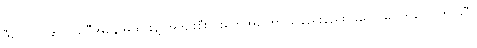
ဒီလောက်ဆို ပထဝီအနေအထားနဲ့ အကျိုးစီးပွားတွေအကြောင်း နည်းနည်းသဘောပေါက်လောက်ပါပြီ။